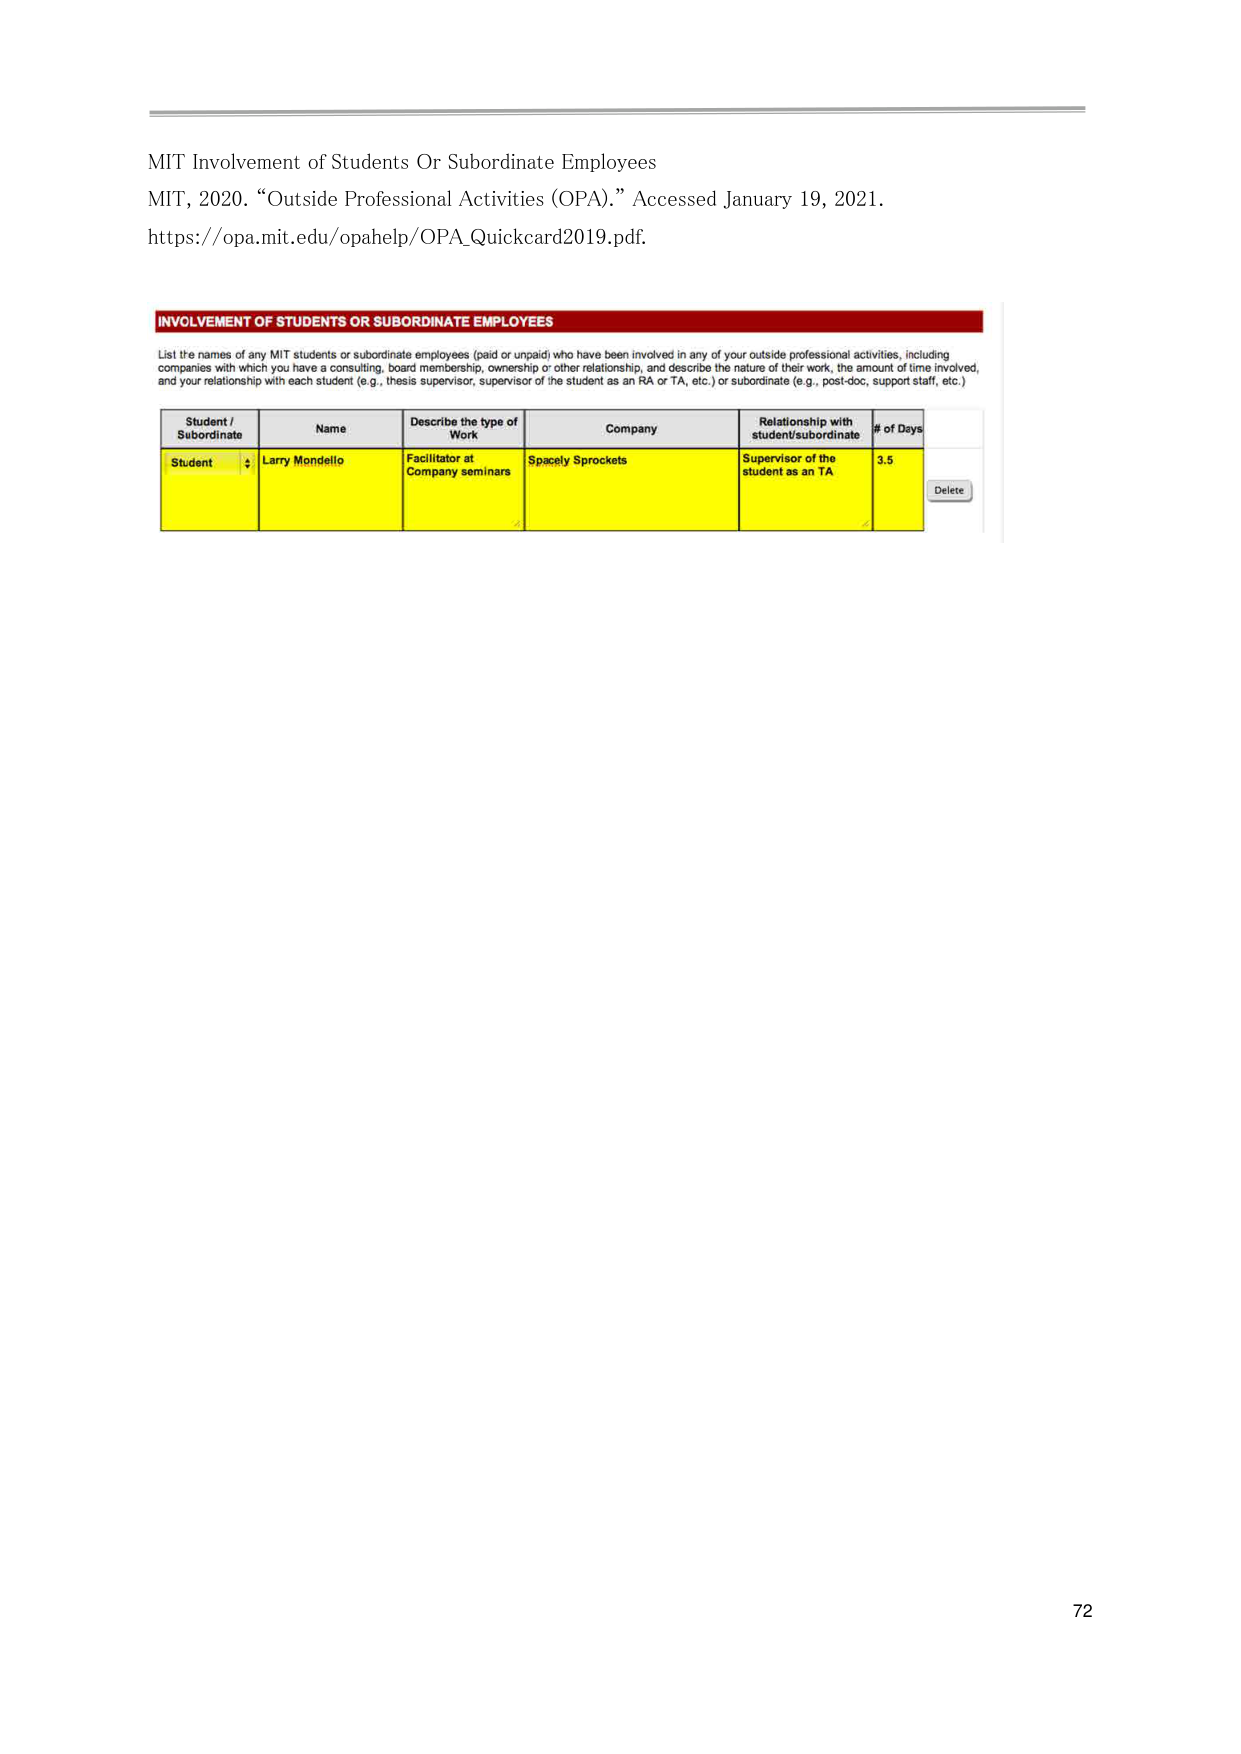
MIT Involvement of Students Or Subordinate Employees
MIT, 2020. “Outside Professional Activities (OPA).” Accessed January 19, 2021.
https://opa.mit.edu/opahelp/OPA_Quickcard2019.pdf.

INVOLVEMENT OF STUDENTS OR SUBORDINATE EMPLOYEES
List the names of any MIT students or subordinate employees (paid or unpaid) who have been involved in any of your outside professional activities, including companies with which you have a consulting, board membership, ownership or other relationship, and describe the nature of their work, the amount of time involved, and your relationship with each student (e.g., thesis supervisor, supervisor of the student as an RA or TA, etc.) or subordinate (e.g., post-doc, support staff, etc.)

Student / Subordinate    Name             Describe the type of Work    Company           Relationship with student/subordinate    # of Days
Student                  Larry Mondello   Facilitator at Company seminars   Spacely Sprockets   Supervisor of the student as an TA   3.5
Delete

72